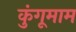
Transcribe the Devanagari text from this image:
कुंगूमाम